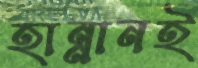
হান্নানই